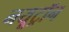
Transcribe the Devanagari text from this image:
नयूट्रॉन